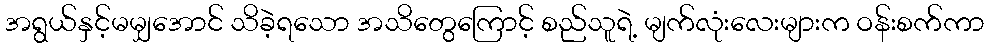
အရွယ်နှင့်မမျှအောင် သိခဲ့ရသော အသိတွေကြောင့် စည်သူရဲ့ မျက်လုံးလေးများက ဝန်းစက်ကာ